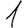
Digit: 1